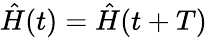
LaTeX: \hat{H}(t)=\hat{H}(t+T)